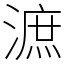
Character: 㵂